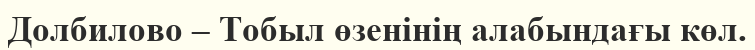
Долбилово – Тобыл өзенінің алабындағы көл.